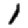
Digit: 1